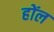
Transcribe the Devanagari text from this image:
होंल